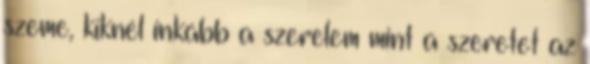
szeme, kiknél inkább a szerelem mint a szeretet az